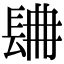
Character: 𨱸